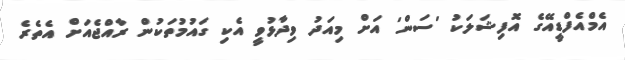
އެމްއެފްޑީއޭގެ އޮފިޝަލަކު 'ސަން' އަށް މިއަދު ވިދާޅުވީ އެކި ގައުމުތަކުން ރާއްޖެއަށް އެތެރެ